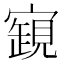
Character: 𧡧